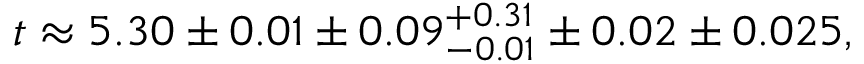
t \approx 5 . 3 0 \pm 0 . 0 1 \pm 0 . 0 9 _ { - 0 . 0 1 } ^ { + 0 . 3 1 } \pm 0 . 0 2 \pm 0 . 0 2 5 ,